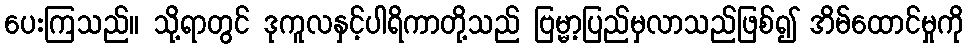
ပေးကြသည်။ သို့ရာတွင် ဒုကူလနှင့်ပါရိကာတို့သည် ဗြမ္မာ့ပြည်မှလာသည်ဖြစ်၍ အိမ်ထောင်မှုကို